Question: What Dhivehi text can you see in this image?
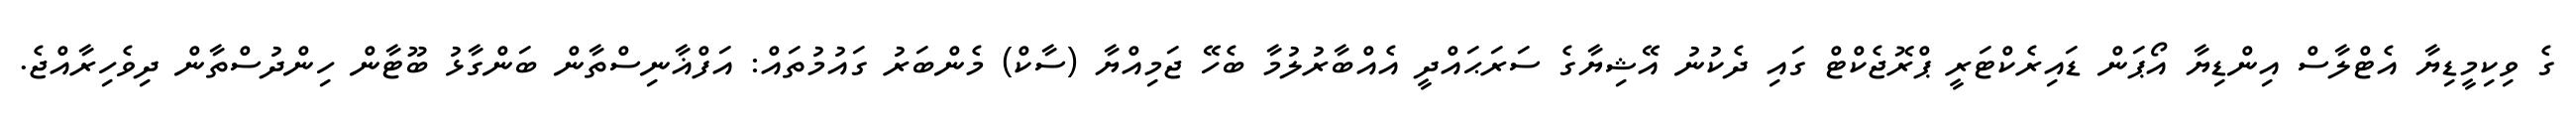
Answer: ގެ ވިކިމީޑިޔާ އެޓްލާސް އިންޑިޔާ އޯޕަން ޑައިރެކްޓަރީ ޕްރޮޖެކްޓް ގައި ދެކުނު އޭޝިޔާގެ ސަރަޙައްދީ އެއްބާރުލުމާ ބެހޭ ޖަމިއްޔާ (ސާކް) މެންބަރު ގައުމުތައް: އަފްޣާނިސްތާން ބަންގާޅު ބޫޓާން ހިންދުސްތާން ދިވެހިރާއްޖެ.